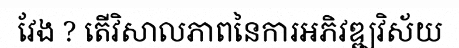
វែង ? តើវិសាលភាពនៃការអភិវឌ្ឍវិស័យ